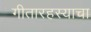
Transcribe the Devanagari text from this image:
गीतारहस्याचा